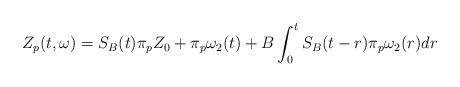
LaTeX: \begin{align*} Z_p(t,\omega) & =S_B(t)\pi_pZ_0+\pi_p\omega_2(t)+B\int_0^t S_B(t-r)\pi_p\omega_2(r)dr \end{align*}